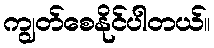
ကျွတ်စေနိုင်ပါတယ်။